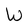
Character: W